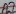
Text: A7